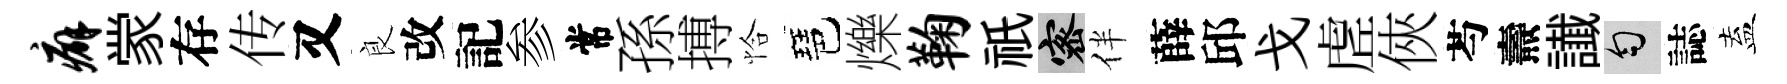
癖䝉存传又良改記参常孫搏恰琶爍鞠祇密伴薛邱戈虗俠芍燾䜟匀誌盍